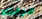
عرفناه